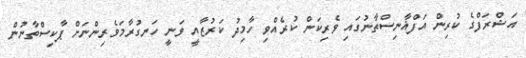
އަޝްރަފްގެ ކުރިން އަފްޣާނިސްތާނުގައި ވެރިކަން ކުރެއްވި ހާމިދު ކަރުޒާއީ ވަނީ ހަނގުރާމަވެރިންނަށް ޕާކިސްތާނުން